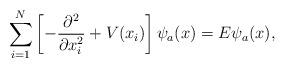
LaTeX: \begin{align*}\sum_{i=1}^{N}\left[ - \frac{\partial^{2} }{\partial x_{i}^{2} }+ V(x_{i})\right] \psi_a (x) = E \psi_a (x),\end{align*}